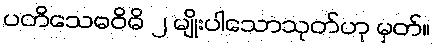
ပတိသေဓဝိဓိ ၂ မျိုးပါသောသုတ်ဟု မှတ်။